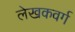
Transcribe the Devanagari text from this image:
लेखकवर्ग